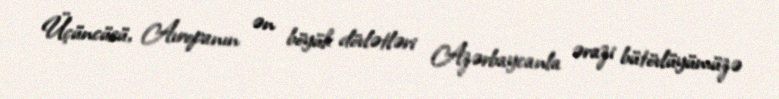
Üçüncüsü, Avropanın ən böyük dövlətləri Azərbaycanla ərazi bütövlüyümüzə